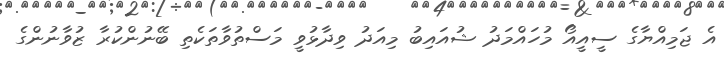
އެ ޖަމިއްޔާގެ ސީއީއޯ މުހައްމަދު ޝުއައިބު މިއަދު ވިދާޅުވީ މަސްތުވާތަކެތި ބޭނުންކުރާ ޒުވާނުންގެ